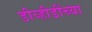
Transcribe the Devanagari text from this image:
डीव्हीडींच्या